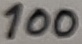
Text: 100